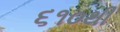
૬૧૦થી